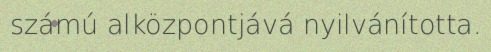
számú alközpontjává nyilvánította.